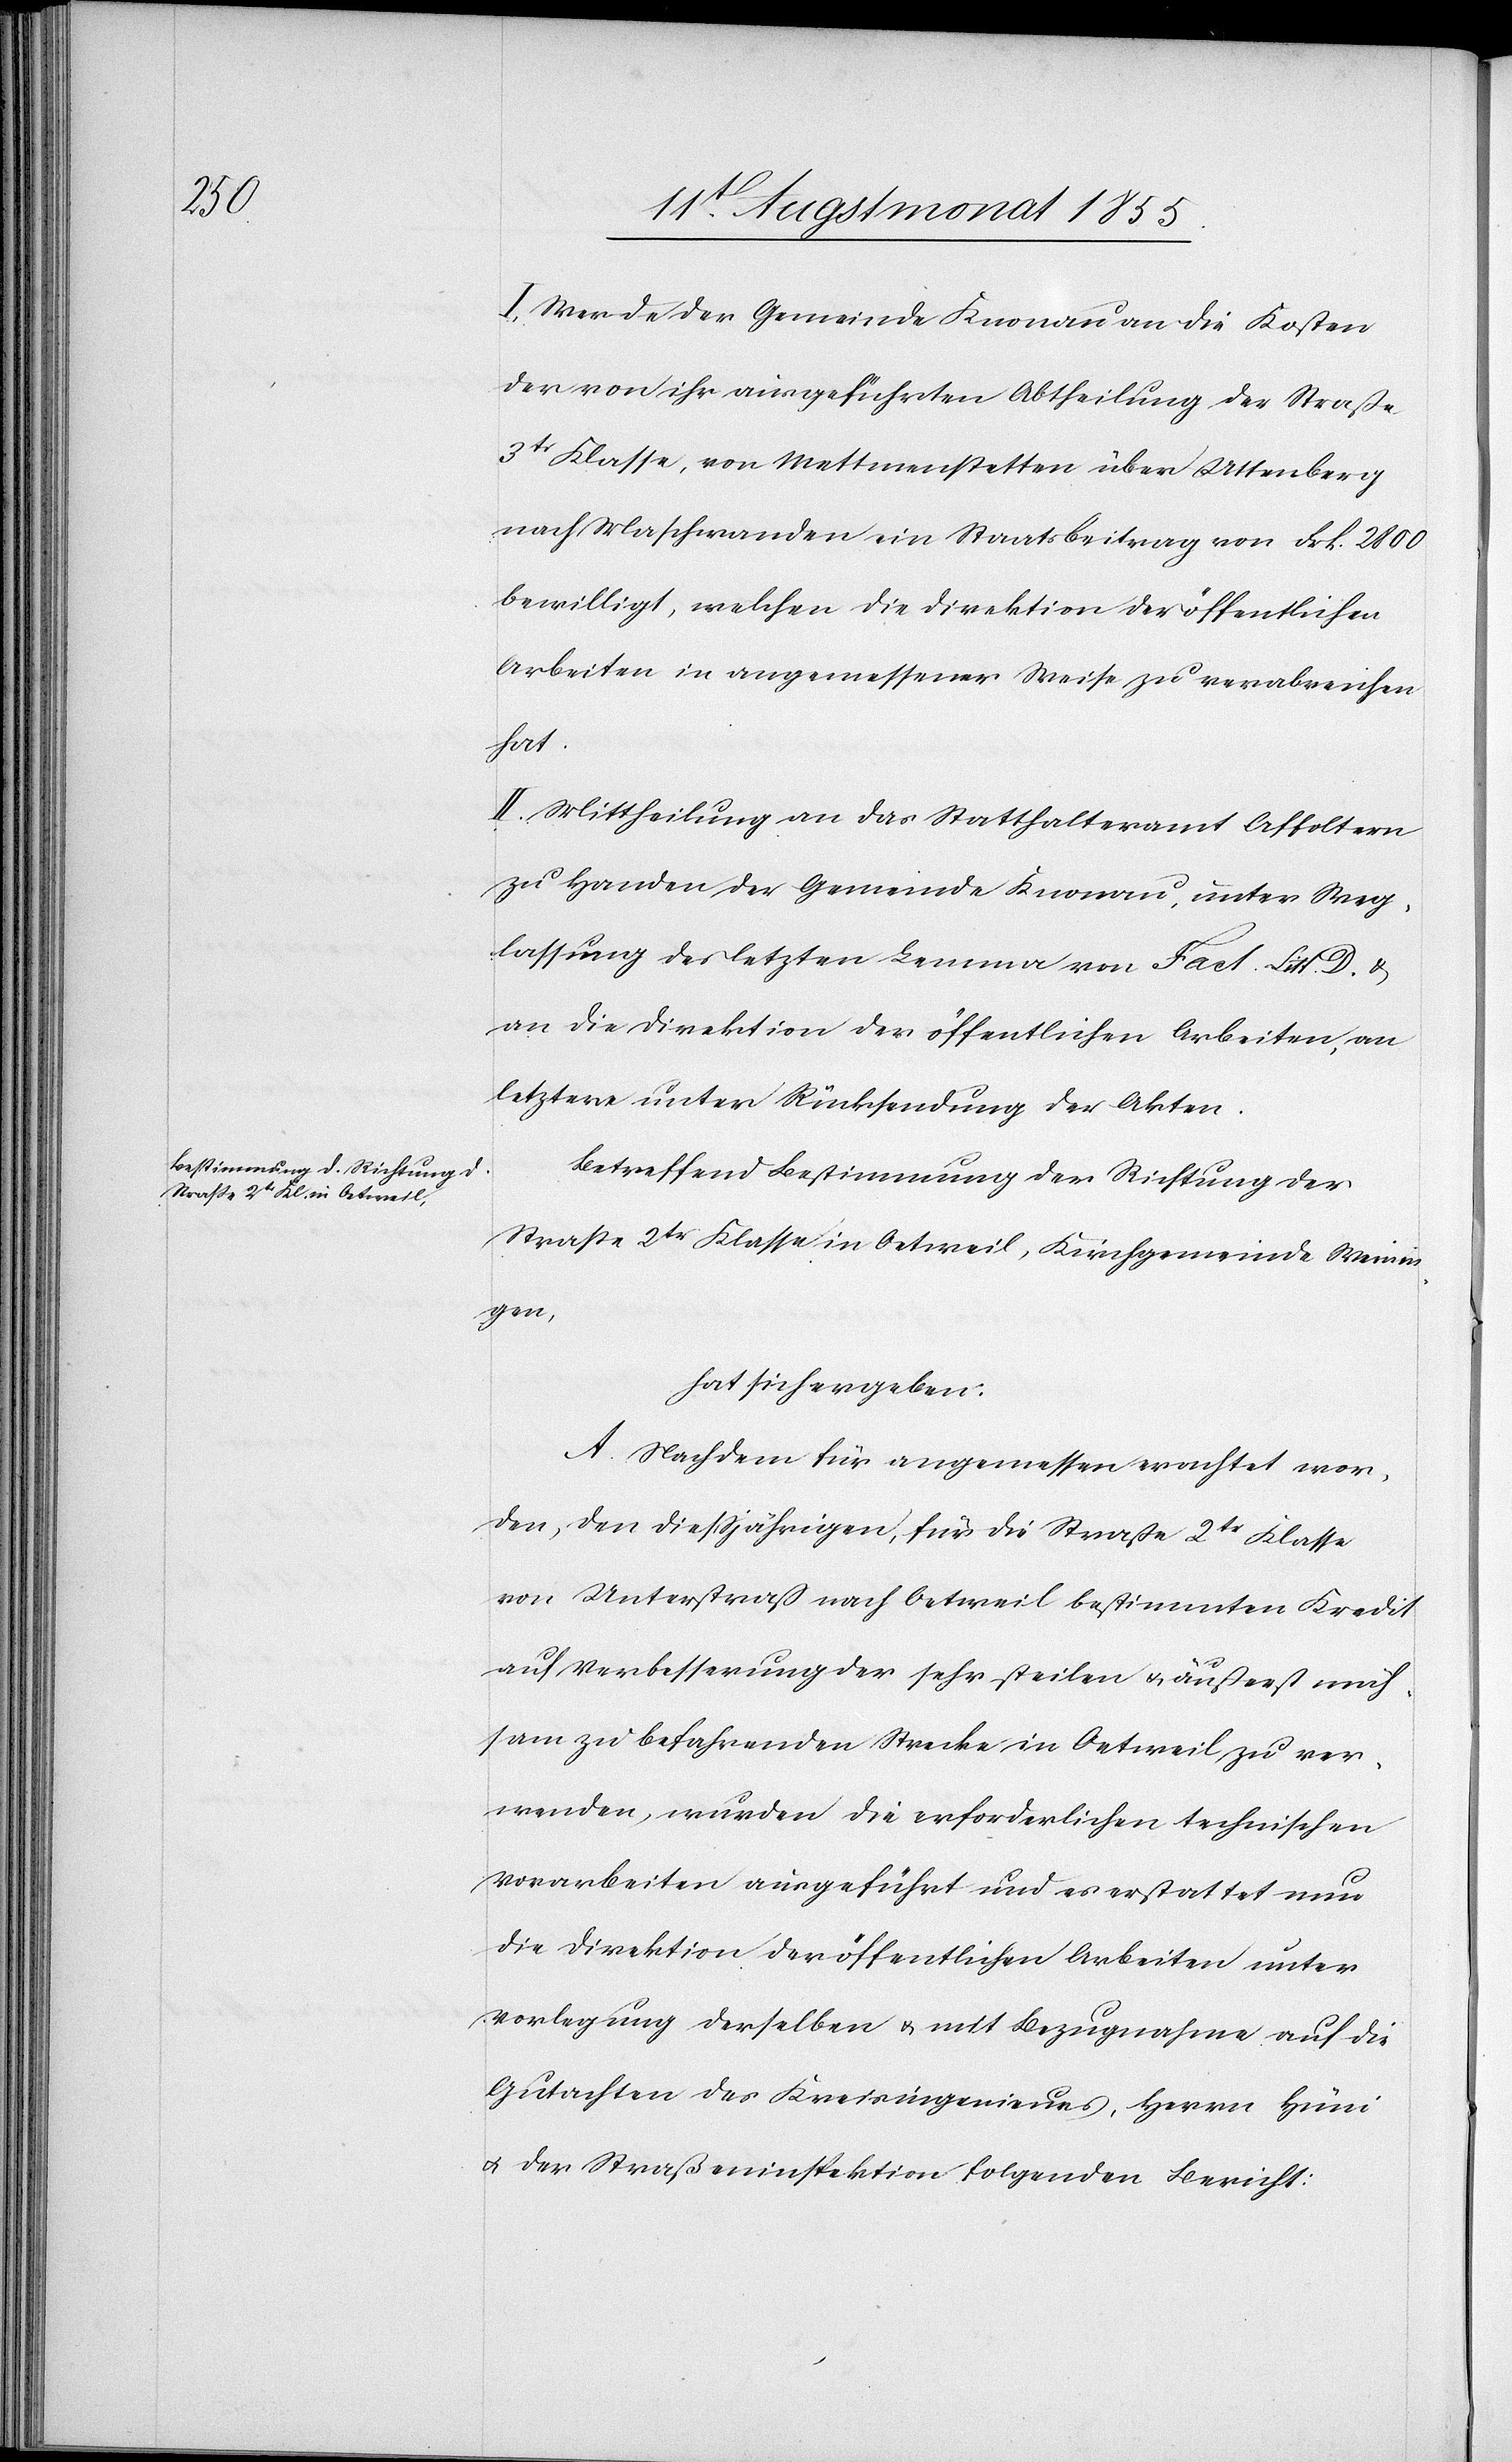
I. Werde der Gemeinde Knonau an die Kosten
der von ihr ausgeführten Abtheilung der Straße
3tr Klasse, von Mettmenstetten über Uttenberg
nach Maschwanden ein Staatsbeitrag von Frk. 2800
bewilligt, welchen die Direktion der öffentlichen
Arbeiten in angemessener Weise zu verabreichen
hat.
II. Mittheilung an das Statthalteramt Affoltern
zu Handen der Gemeinde Knonau, unter Weg¬
lassung des letzten Lemma von Fact. Litt. D.
an die Direktion der öffentlichen Arbeiten, an
letztere unter Rücksendung der Akten.
Betreffend Bestimmung der Richtung der
Straße 2tr Klasse in Oetweil, Kirchgemeinde Weinin¬
gen,
hat sich ergeben:
A. Nachdem für angemessen erachtet wor¬
den, den diessjährigen, für die Straße 2tr Klasse
von Unterstraß nach Oetweil bestimmten Kredit
auf Verbesserung der sehr steilen & äußerst müh¬
sam zu befahrenden Strecke in Oetweil zu ver¬
wenden, wurden die erforderlichen technischen
Vorarbeiten ausgeführt und es erstattet nun
die Direktion der öffentlichen Arbeiten unter
Vorlegung derselben & mit Bezugnahme auf die
Gutachten des Kreisingenieurs, Herrn Hüni
& der Straßeninspektion folgenden Bericht: